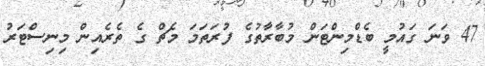
47 ވަނަ ގައުމީ ބެޑްމިންޓަން މުބާރާތުގެ ފުރަތަމަ މެޗް ގެ ތެރެއިން މިނިސްޓަރު